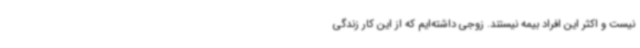
نیست و اکثر این افراد بیمه نیستند. زوجی داشته‌ایم که از این کار زندگی